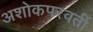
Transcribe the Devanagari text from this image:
अशोकपरवर्ती